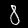
Digit: 8